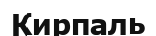
Кирпаль